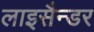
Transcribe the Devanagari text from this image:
लाइसैन्डर